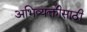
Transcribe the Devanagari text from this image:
अभिव्यक्तीसाठी